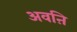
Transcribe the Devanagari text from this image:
अवऩि